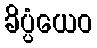
ခိပ္ပံယေဝ